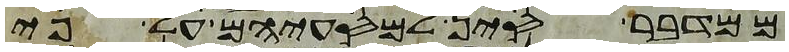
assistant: ממדבר סין למסעיהם על פי